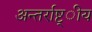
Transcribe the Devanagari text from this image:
अन्तर्राष्ट्ीय